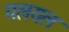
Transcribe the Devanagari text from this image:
मलयल